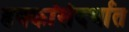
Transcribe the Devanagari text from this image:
हक्कांसंदर्भात